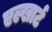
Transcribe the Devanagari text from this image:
एल्खार्ट